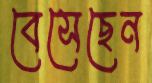
বেসেছেন